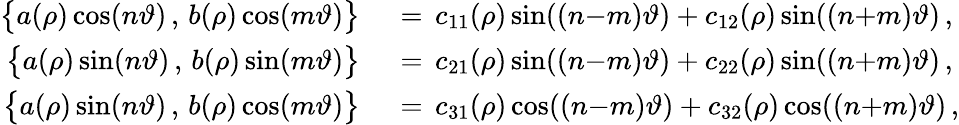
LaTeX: \begin{array}{rl}{\bigl\{ a(\rho)\cos(n\vartheta)\, ,\, b(\rho)\cos(m\vartheta)\bigr\} \, }&{{}=\, c_{11}(\rho)\sin((n{-}m)\vartheta)+c_{12}(\rho)\sin((n{+}m)\vartheta)\, ,}\\ {\bigl\{ a(\rho)\sin(n\vartheta)\, ,\, b(\rho)\sin(m\vartheta)\bigr\} \, }&{{}=\, c_{21}(\rho)\sin((n{-}m)\vartheta)+c_{22}(\rho)\sin((n{+}m)\vartheta)\, ,}\\ {\bigl\{ a(\rho)\sin(n\vartheta)\, ,\, b(\rho)\cos(m\vartheta)\bigr\} \, }&{{}=\, c_{31}(\rho)\cos((n{-}m)\vartheta)+c_{32}(\rho)\cos((n{+}m)\vartheta)\, ,}\end{array}